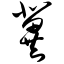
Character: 冀